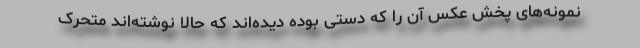
نمونه‌های پخش عکس آن را که دستی بوده دیده‌اند که حالا نوشته‌اند متحرک